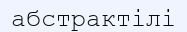
абстрактілі